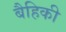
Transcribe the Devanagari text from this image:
बैहिकी